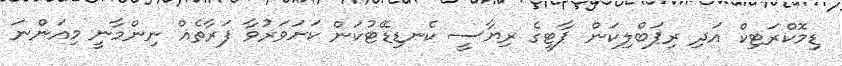
ޑިމޮކްރަޓިކް އަދި ރިޕަބްލިކަން ޕާޓީގެ ރިޔާސީ ކެނޑިޑޭޓުކަން ކަށަވަރުވާ ފަރާތެއް ނިންމާނީ މިއަންނަ